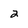
Character: 2